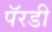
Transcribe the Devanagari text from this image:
पॅरडी